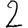
Digit: 2